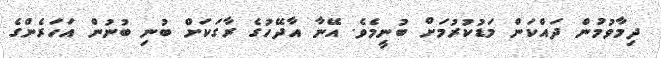
ދިމާވުމުން ދައްކަން މަޑުކުރުމަށް ބުނީމެވެ. އޭނާ އާދޭހުގެ ރާގަކަށް ބުނި ބުނުން އަހަރެންގެ